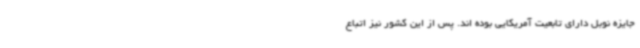
جایزه نوبل دارای تابعیت آمریکایی بوده اند. پس از این کشور نیز اتباع